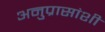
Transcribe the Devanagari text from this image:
अनुप्रासांशी